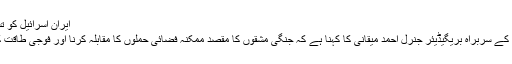
ایران اسرائیل کو تسلیم نہیں کرتا
ایرانی فضائیہ کے سربراہ بریگیڈیئر جنرل احمد میقانی کا کہنا ہے کہ جنگی مشقوں کا مقصد ممکنہ فضائی حملوں کا مقابلہ کرنا اور فوجی طاقت کو بڑھانا ہے۔